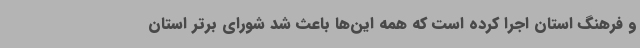
و فرهنگ استان اجرا کرده است که همه این‌ها باعث شد شورای برتر استان